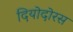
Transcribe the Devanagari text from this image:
दियोदोरस